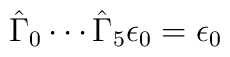
\hat{\Gamma}_0 \cdots \hat{\Gamma}_5 \epsilon_0 = \epsilon_0